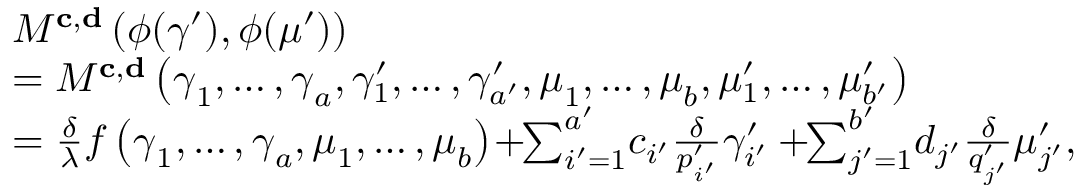
\begin{array} { r l } & { M ^ { \mathbf { c } , \mathbf { d } } \left( \phi ( \gamma ^ { \prime } ) , \phi ( \mu ^ { \prime } ) \right) } \\ & { = M ^ { \mathbf { c } , \mathbf { d } } \left( \boldsymbol { \gamma } _ { { 1 } } , \ldots , \boldsymbol { \gamma } _ { { a } } , \gamma _ { 1 } ^ { \prime } , \ldots , \gamma _ { a ^ { \prime } } ^ { \prime } , \boldsymbol { \mu } _ { { 1 } } , \ldots , \boldsymbol { \mu } _ { { b } } , \mu _ { 1 } ^ { \prime } , \ldots , \mu _ { b ^ { \prime } } ^ { \prime } \right) } \\ & { = \frac { \delta } { \lambda } f \left( \boldsymbol { \gamma } _ { { 1 } } , \ldots , \boldsymbol { \gamma } _ { { a } } , \boldsymbol { \mu } _ { { 1 } } , \ldots , \boldsymbol { \mu } _ { b } \right) \! + \! \! \sum _ { i ^ { \prime } = 1 } ^ { a ^ { \prime } } \! c _ { i ^ { \prime } } \frac { \delta } { p _ { i ^ { \prime } } ^ { \prime } } \gamma _ { i ^ { \prime } } ^ { \prime } + \! \! \sum _ { j ^ { \prime } = 1 } ^ { b ^ { \prime } } \! d _ { j ^ { \prime } } \frac { \delta } { q _ { j ^ { \prime } } ^ { \prime } } \mu _ { j ^ { \prime } } ^ { \prime } , } \end{array}